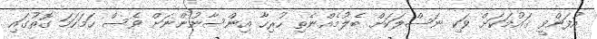
އުފަންވީ ޤައުމަކަށް ވަކި ނަސްލަކަށް ބެލުމެއްނެތި ހުރިހާ އިންސާނުންނަށް ވެސް ހަމަހަމަ ގޮތުގައި